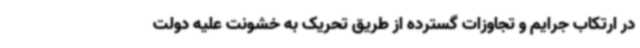
در ارتکاب جرایم و تجاوزات گسترده از طریق تحریک به خشونت علیه دولت